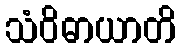
သံဝိဓာယာတိ